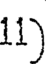
11)